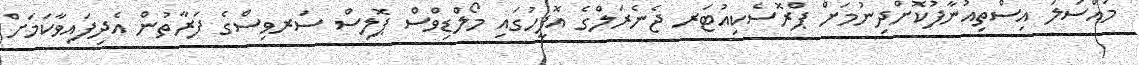
މައްސަލަ އިސްތިއުނާފުކޮށްދިނުމަށް ޕްރޮސެކިއުޓަރ ޖެނެރަލްގެ އޮފީހުގައި މޯލްޑިވްސް ޕޮލިސް ސަރވިސްގެ ފަރާތުން އެދިފައިވާކަމަށް